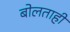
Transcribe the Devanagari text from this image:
बोलताही